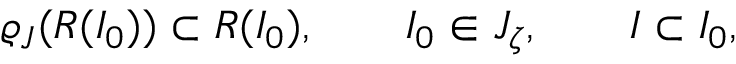
\varrho _ { J } ( { \cal R } ( I _ { 0 } ) ) \subset { \cal R } ( I _ { 0 } ) , \qquad I _ { 0 } \in { \cal J } _ { \zeta } , \qquad I \subset I _ { 0 } ,